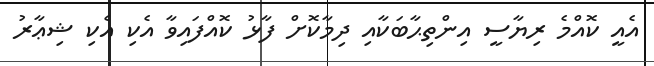
އެއީ ކޮއްމެ ރިޔާސީ އިންތިޙާބަކާއި ދިމާކޮށް ފާޅު ކޮއްފައިވާ އެކި އެކި ޝިޢާރު